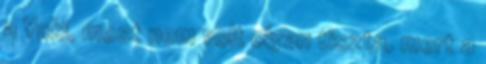
a Yuki, most nem volt olyan tiszta, mert a